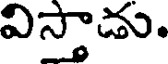
విస్తాడు.